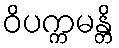
ဝိပက္ကမန္တိ